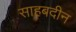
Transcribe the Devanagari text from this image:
साहबदीन